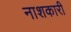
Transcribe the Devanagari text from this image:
नाशकारी